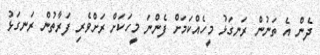
ދެން އެ ތަނުން ރަނގަޅު މީހެއްކަމަށް ފެންނަ މީހަކަށް ރަށްވެރި ފަރާތުން ރަނގަޅު